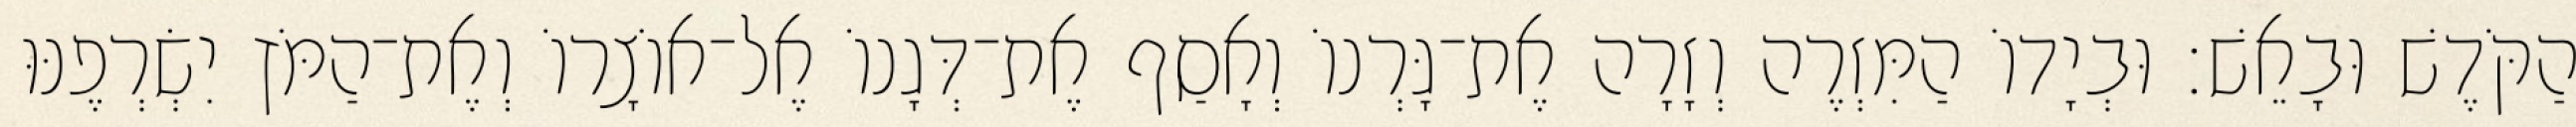
הַקֹּדֶשׁ וּבָאֵשׁ׃ וּבְיָדוֹ הַמִּזְרֶה וְזָרָה אֶת־גָּרְנוֹ וְאָסַף אֶת־דְּגָנוֹ אֶל־אוֹצָרוֹ וְאֶת־הַמֹּץ יִשְׂרְפֶנּוּ